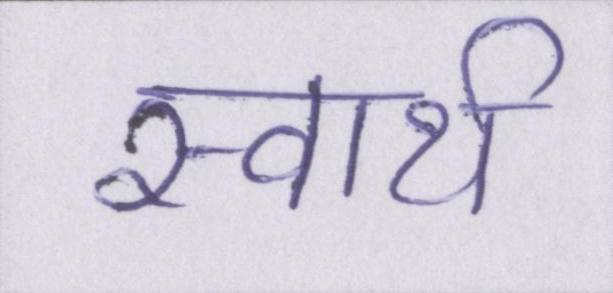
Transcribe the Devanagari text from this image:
स्वार्थ